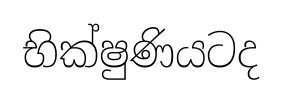
භික්ෂුණියටද